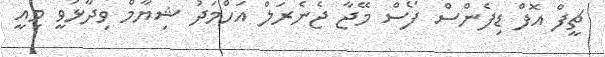
ޗީފް އޮފް ޑިފެންސް ފޯސް މޭޖާ ޖެނެރަލް އަހްމަދު ޝިޔާމް ވިދާޅުވީ މިއީ